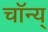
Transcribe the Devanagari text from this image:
चॉन्य्